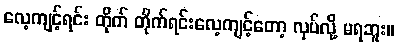
လေ့ကျင့်ရင်း တိုက် တိုက်ရင်းလေ့ကျင့်တော့ လုပ်လို့ မရဘူး။